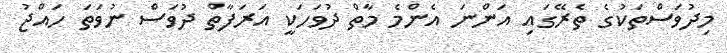
މިދުވަސްތަކުގެ ތެރޭގައި އަންނަ އެންމެ މާތް ދުވަހަކީ އަރަފާތް ދުވަސް ނުވަތަ ހައްޖު